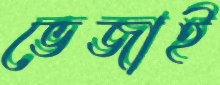
ভেজাই